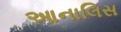
આનાલિસ